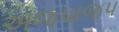
અજપાજપ